Bombay plague: being a history of the progress of plague in the Bombay presidency from September 1896 to June 1899
Year: 1896
Disease focus: Plague
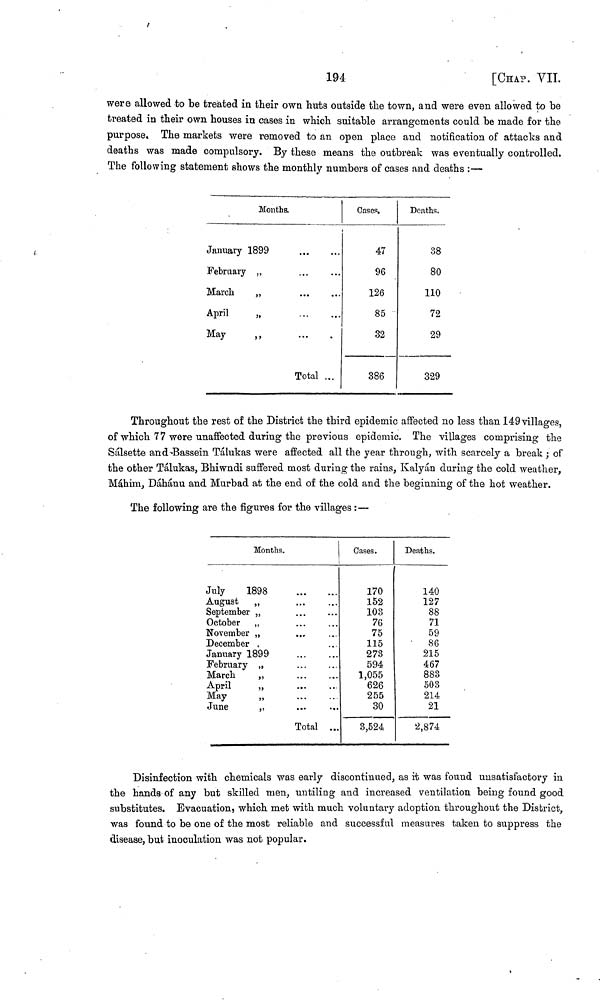
194
[CHAP. VII.
were allowed to be treated in their own huts outside the town, and were even allowed to be
treated in their own houses in cases in which suitable arrangements could be made for the
purpose. The markets were removed to an open place and notification of attacks and
deaths was made compulsory. By these means the outbreak was eventually controlled.
The following statement shows the monthly numbers of cases and deaths :—
Months.
January 1899
February ,,
March
,,
April
„
May ,,
...
...
...
...
...
...
...
...
Total ...
Cases.
47
96
126
85
32
386
Deaths.
38
80
110
72
29
329
Throughout the rest of the District the third epidemic affected no less than 149 villages,
of which 77 were unaffected during the previous epidemic. The villages comprising the
Sálsette and Bassein Tálukas were affected all the year through, with scarcely a break ; of
the other Tálukas, Bhiwndi suffered most during the rains, Kalyán during the cold weather,
Máhim, Dáhánu and Murbad at the end of the cold and the beginning of the hot weather.
The following are the figures for the villages :—
Months.
July
1898
August ,,
September ,,
October „
November „
December
January 1899
February „
March
,,
April ,,
May ,,
June
,,
...
...
...
...
...
...
...
...
Tota
...
...
...
...
...
...
..
...
1 ...
Gases.
170
152
103
76
75
115
273
594
1,055
626
255
30
3,524
Deaths.
140
127
88
71
59
86
215
467
883
503
214
21
2,874
Disinfection with chemicals was early discontinued, as it was found unsatisfactory in
the hands of any but skilled men, untiling and increased ventilation being found good
substitutes. Evacuation, which met with much voluntary adoption throughout the District,
was found to be one of the most reliable and successful measures taken to suppress the
disease, but inoculation was not popular.